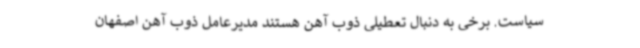
سیاست. برخی به دنبال تعطیلی ذوب آهن هستند مدیرعامل ذوب آهن اصفهان